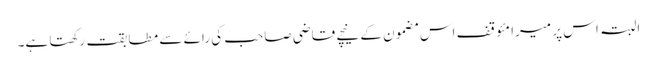
البتہ اس پر میرا مئوقف اس مضمون کے نیچے قاضی صاحب کی رائے سے مطابقت رکھتا ہے۔